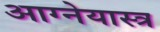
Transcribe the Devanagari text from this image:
आग्‍नेयास्‍त्र